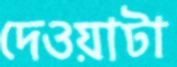
দেওয়াটা